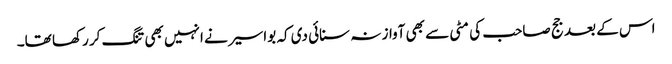
اس کے بعد جج صاحب کی مٹی سے بھی آواز نہ سنائی دی کہ بواسیر نے انہیں بھی تنگ کر رکھا تھا۔